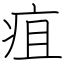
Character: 疽